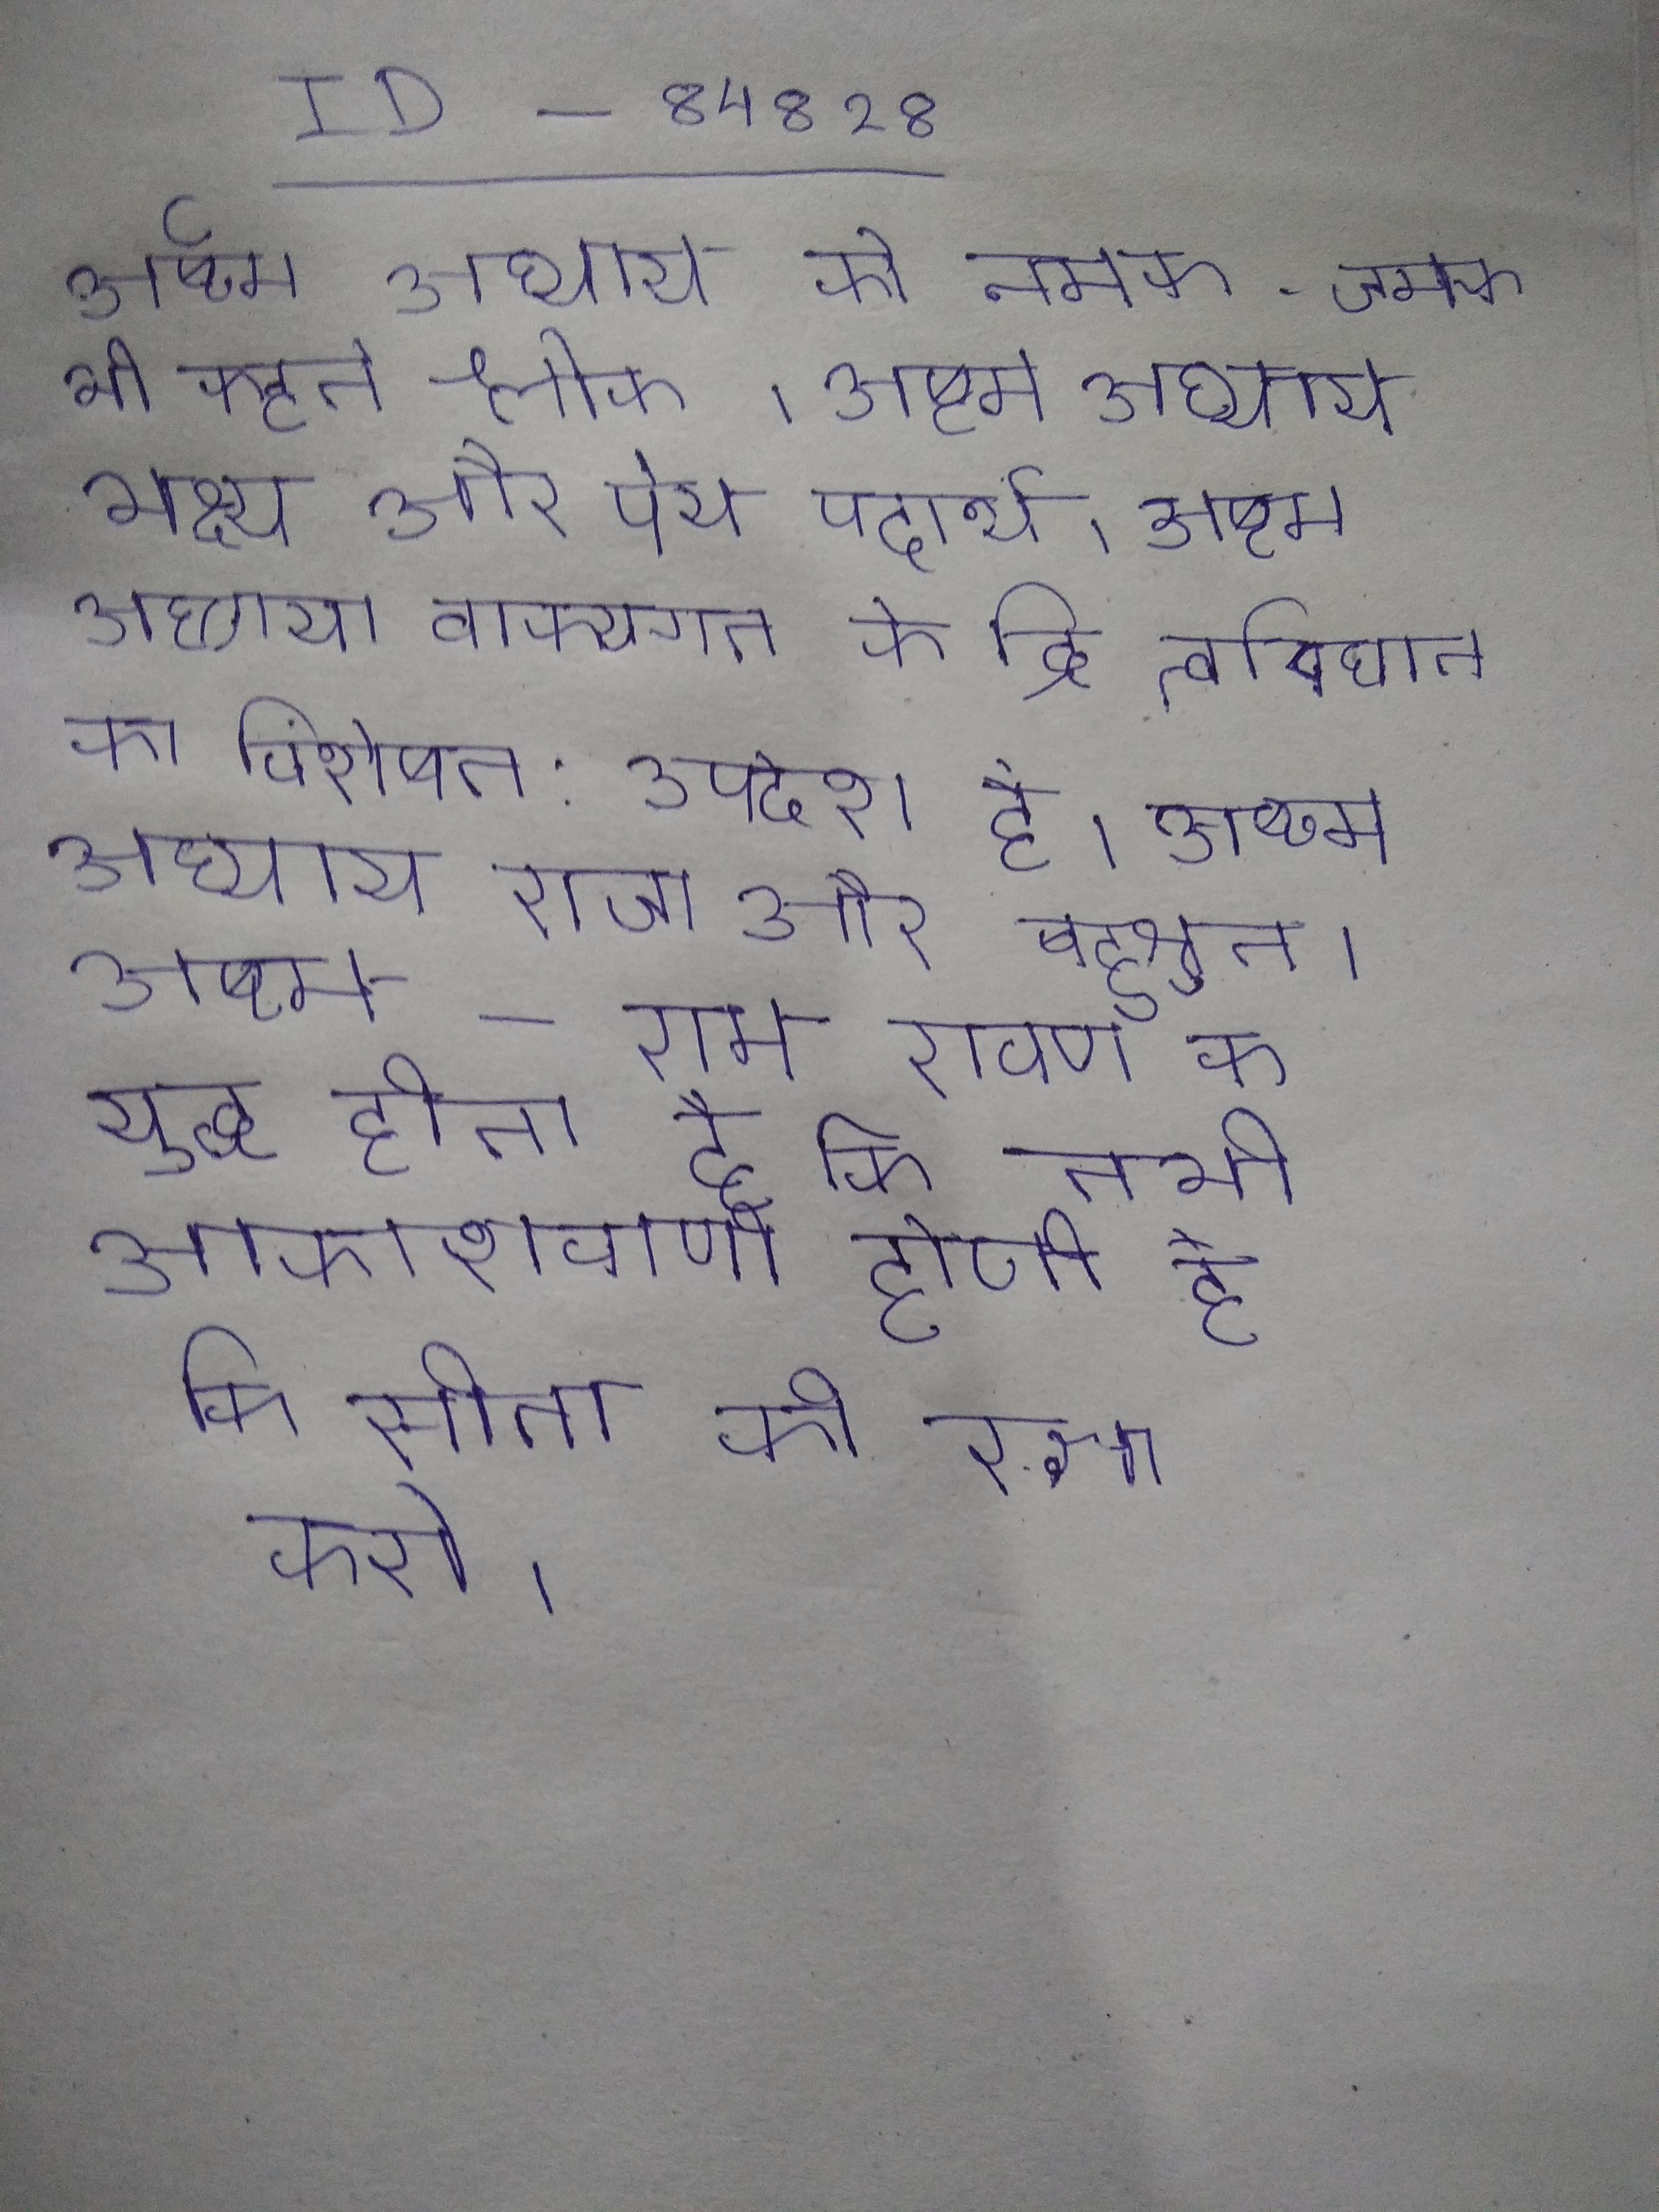
अष्टम अध्याय को नमक-चमक भी कहते श्लोक । अष्टम अध्याय भक्ष्य और पेय पदार्थ । अष्टम अध्याय वाक्यगत के द्वित्वविधान, प्लुतविधान षत्व और णत्वविधान का विशेषत: उपदेश है । अष्टम अध्याय राजा और बहुश्रुत । अष्टम - राम रावण का युद्ध होता है कि तभी आकाशवाणी होती है कि सीता की रक्षा करो ।